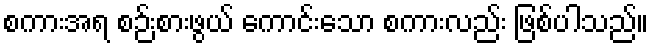
စကားအရ စဉ်းစားဖွယ် ကောင်းသော စကားလည်း ဖြစ်ပါသည်။